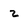
Character: z